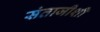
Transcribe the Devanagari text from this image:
संताजीशी